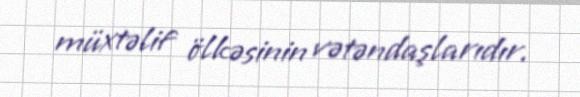
müxtəlif ölkəsinin vətəndaşlarıdır.